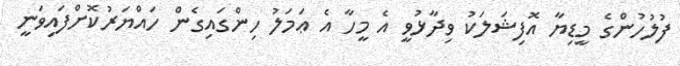
ފުލުހުންގެ މީޑިޔާ އޮފިޝަލަކު ވިދާޅުވީ އެ މީހާ އެ ޢަމަލު ހިންގައިގެން ހައްޔަރުކޮށްފައިވަނީ